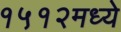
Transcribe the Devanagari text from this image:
१५१२मध्ये